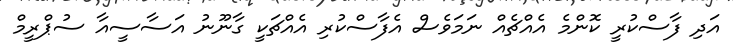
އަދި ފާސްކުރީ ކޮންމެ އެއްޗެއް ނަމަވެސް އެފާސްކުރި އެއްޗަކީ ގާނޫނު އަސާސީއާ ސުޕްރީމް